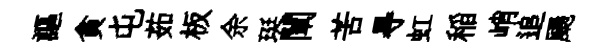
謳貪屯茹板余珽闡苦㝵虹稲峭追颺